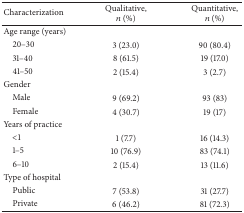
<table><thead><tr><td><b>Characterization</b></td><td><b>Qualitative, <i>n</i> (%)</b></td><td><b>Quantitative, <i>n</i> (%)</b></td></tr></thead><tbody><tr><td>Age range (years)</td><td> </td><td> </td></tr><tr><td> 20–30</td><td>3 (23.0)</td><td>90 (80.4)</td></tr><tr><td> 31–40</td><td>8 (61.5)</td><td>19 (17.0)</td></tr><tr><td> 41–50</td><td>2 (15.4)</td><td>3 (2.7)</td></tr><tr><td>Gender</td><td> </td><td> </td></tr><tr><td> Male</td><td>9 (69.2)</td><td>93 (83)</td></tr><tr><td> Female</td><td>4 (30.7)</td><td>19 (17)</td></tr><tr><td>Years of practice</td><td> </td><td> </td></tr><tr><td> &lt;1</td><td>1 (7.7)</td><td>16 (14.3)</td></tr><tr><td> 1–5 </td><td>10 (76.9)</td><td>83 (74.1)</td></tr><tr><td> 6–10</td><td>2 (15.4)</td><td>13 (11.6)</td></tr><tr><td>Type of hospital</td><td> </td><td> </td></tr><tr><td> Public</td><td>7 (53.8)</td><td>31 (27.7)</td></tr><tr><td> Private</td><td>6 (46.2)</td><td>81 (72.3)</td></tr></tbody></table>